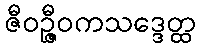
ဇီဝဉ္ဇီဝကသဒ္ဒေတ္ထ